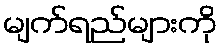
မျက်ရည်များကို